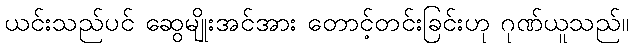
ယင်းသည်ပင် ဆွေမျိုးအင်အား တောင့်တင်းခြင်းဟု ဂုဏ်ယူသည်။